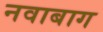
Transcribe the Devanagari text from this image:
नवाबाग